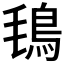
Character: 𩿂